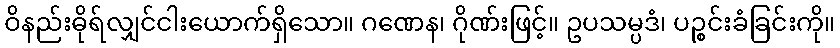
ဝိနည်းဓိုရ်လျှင်ငါးယောက်ရှိသော။ ဂဏေန၊ ဂိုဏ်းဖြင့်။ ဥပသမ္ပဒံ၊ ပဉ္စင်းခံခြင်းကို။